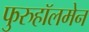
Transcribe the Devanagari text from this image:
फुरुहॉलमेन